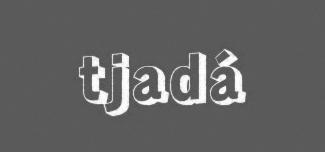
tjadá